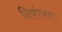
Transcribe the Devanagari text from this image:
नियंण्त्रण